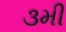
૩મી